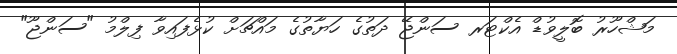
މަޝްހޫރު ބޮލީވުޑް އެކްޓަރ ސަންޖޭ ދަތުގެ ހަޔާތުގެ މައްޗަށް ކުޅެފައިވާ ފިލްމު "ސަންޖޫ"